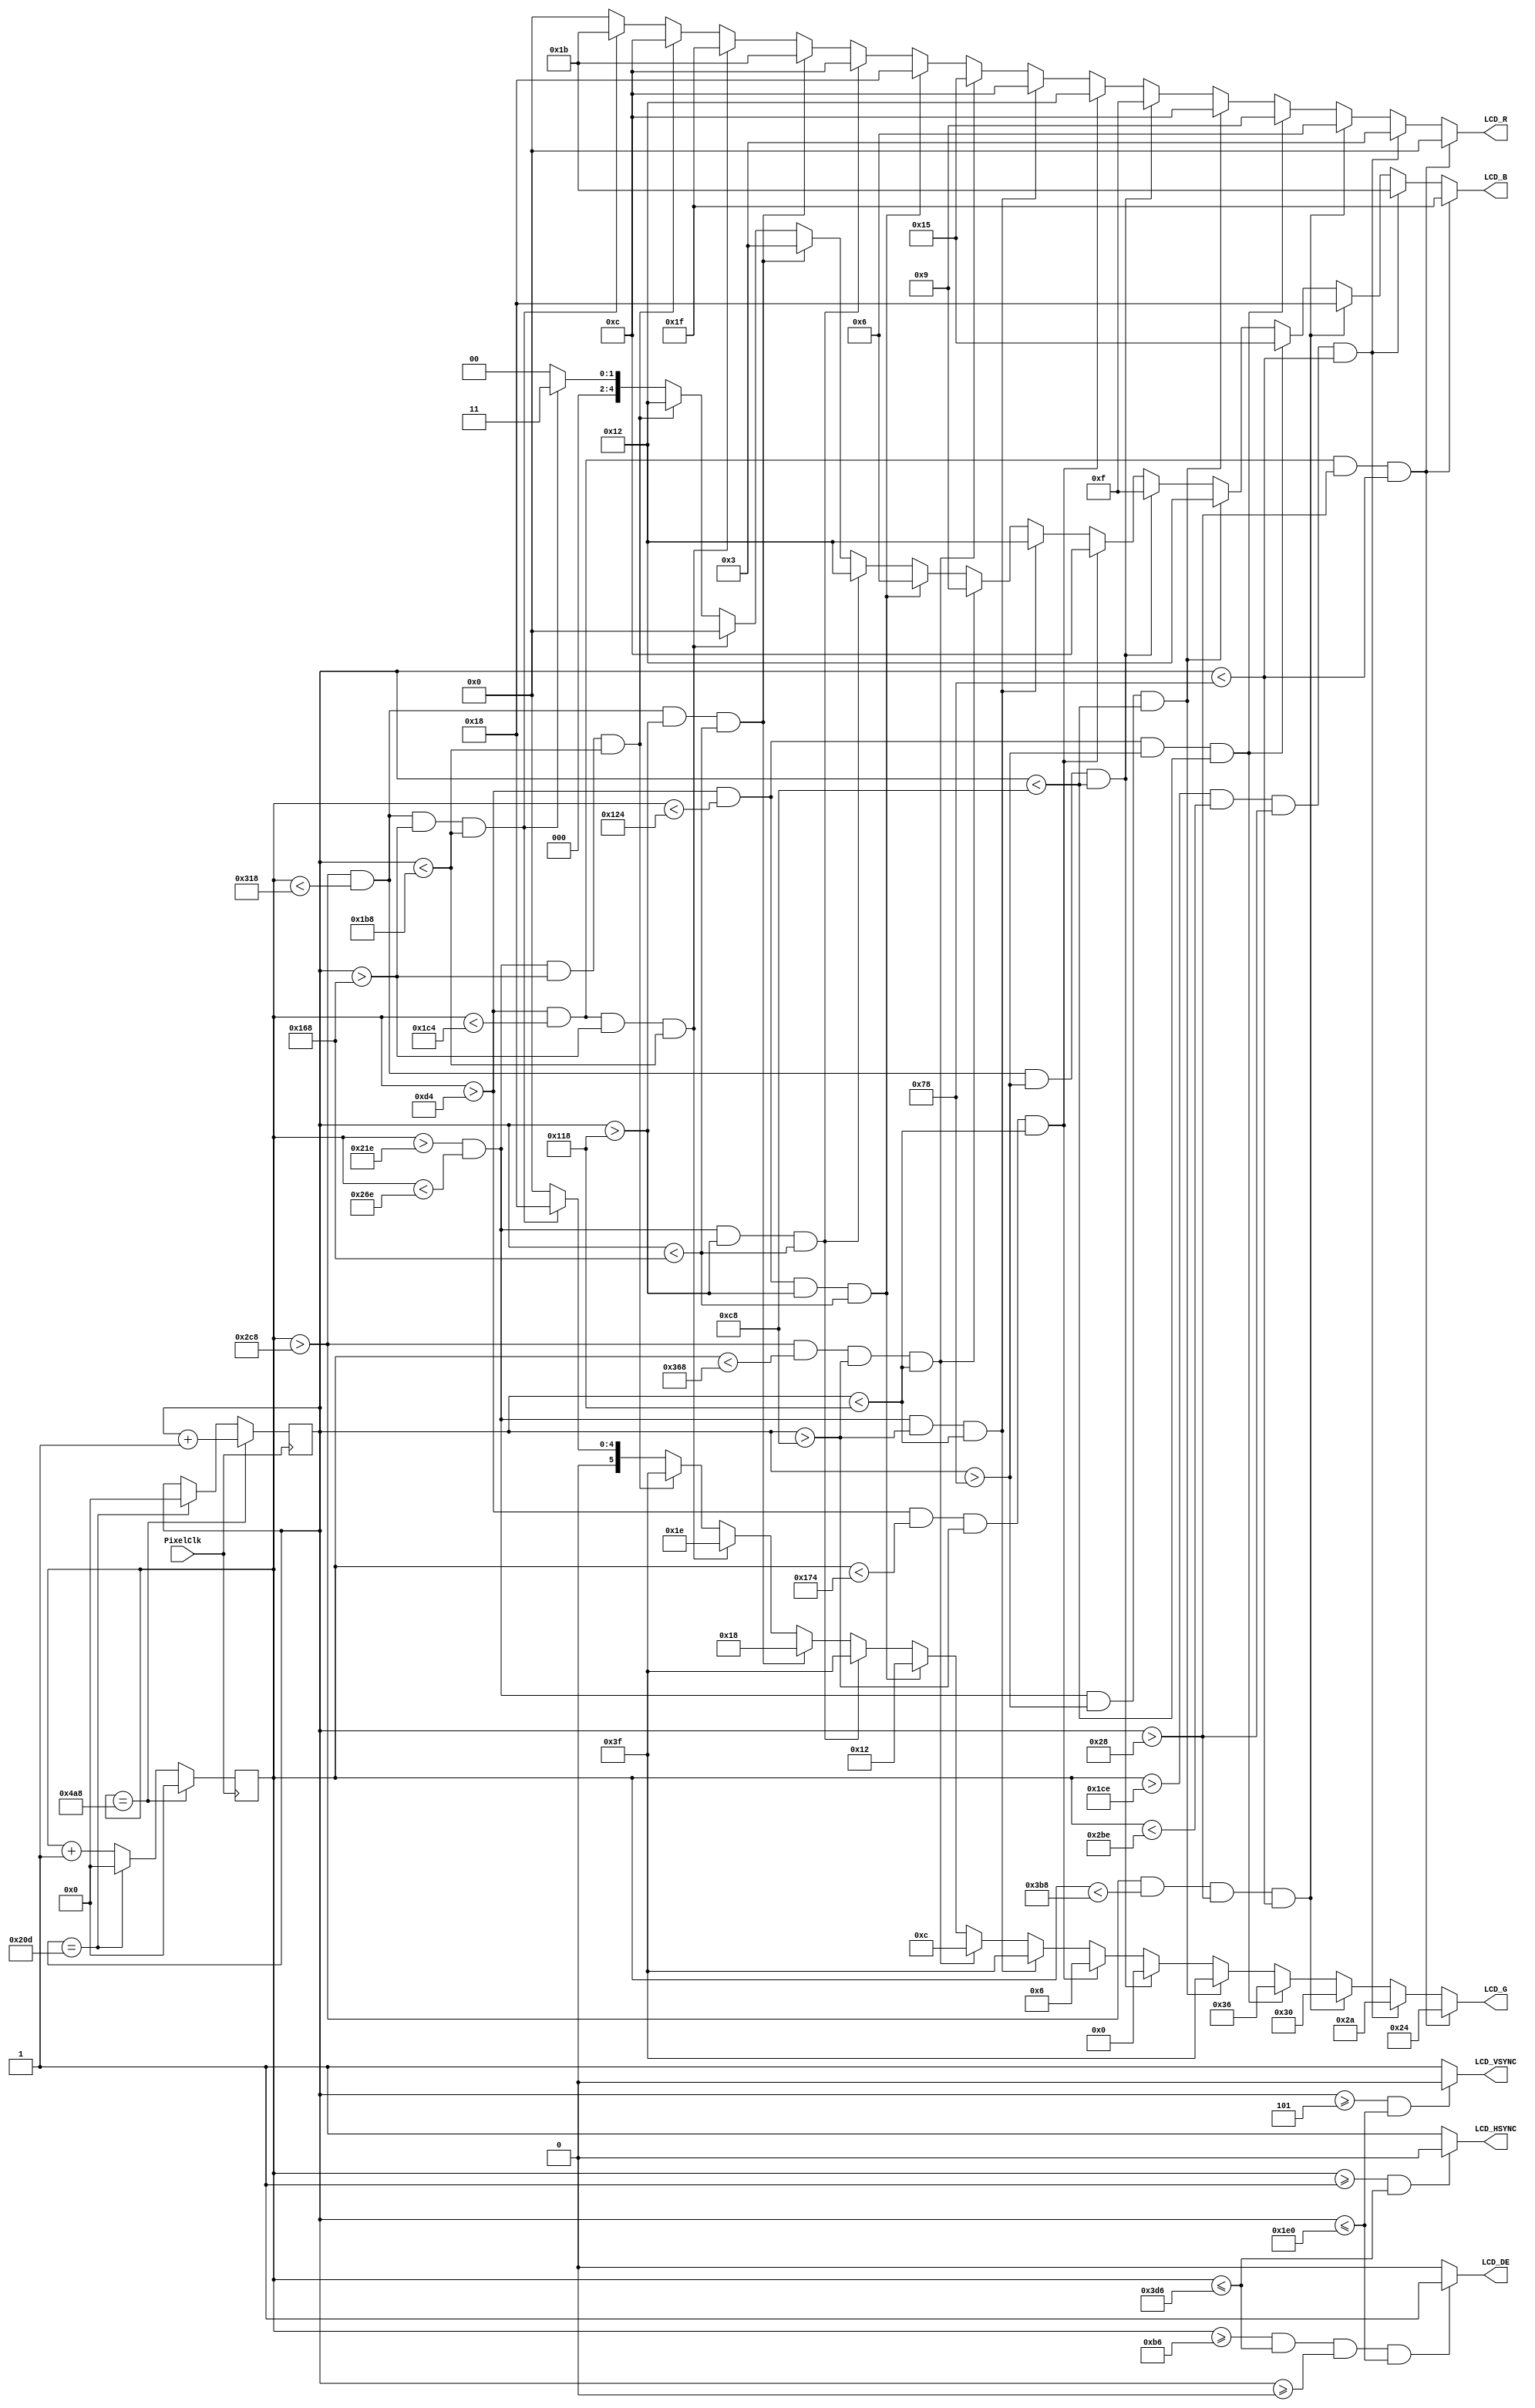
module ETF_11_colors
(
    input                   PixelClk,
    output                  LCD_DE,
    output                  LCD_HSYNC,
    output                  LCD_VSYNC,

	output          [4:0]   LCD_B,
	output          [5:0]   LCD_G,
	output          [4:0]   LCD_R
);

	localparam      V_BackPorch = 16'd0; //6
	localparam      V_Pluse 	= 16'd5; 
	localparam      HightPixel  = 16'd480;
	localparam      V_FrontPorch= 16'd45; //62

	localparam      H_BackPorch = 16'd182;
	localparam      H_Pluse 	= 16'd1; 
	localparam      WidthPixel  = 16'd800; 
	localparam      H_FrontPorch= 16'd210;
    
    localparam      PixelForHS  =   WidthPixel + H_BackPorch + H_FrontPorch;  	
    localparam      LineForVS   =   HightPixel + V_BackPorch + V_FrontPorch; 
    
    reg         [15:0]  PixelCount;
    reg         [15:0]  LineCount;

    always @(posedge PixelClk)begin
        if(  PixelCount  ==  PixelForHS ) begin
            PixelCount      <=  16'b0;
            LineCount       <=  LineCount + 1'b1;
        end
        else if(  LineCount  == LineForVS  ) begin
            LineCount       <=  16'b0;
            PixelCount      <=  16'b0;
        end
        else
            PixelCount      <=  PixelCount + 1'b1;
    end

    assign  LCD_HSYNC   = (( PixelCount >= H_Pluse)&&( PixelCount <= (PixelForHS-H_FrontPorch))) ? 1'b0 : 1'b1;
	assign  LCD_VSYNC   = ((( LineCount  >= V_Pluse )&&( LineCount  <= (LineForVS-V_FrontPorch) )) ) ? 1'b0 : 1'b1;
    assign  LCD_DE      = ( ( PixelCount >= H_BackPorch )&&
                            ( PixelCount <= PixelForHS-H_FrontPorch ) &&
                            ( LineCount >= V_BackPorch ) &&
                            ( LineCount <= LineForVS-V_FrontPorch ))  ? 1'b1 : 1'b0;

    assign  LCD_R   =   PixelCount > H_BackPorch + 30 && PixelCount < H_BackPorch + 270 &&
                        LineCount > 40 && LineCount < 120 ? 5'b00000 : 
                        PixelCount > H_BackPorch + 280 && PixelCount < H_BackPorch + 520 &&
                        LineCount > 40 && LineCount < 120 ? 5'b00011 : 
                        PixelCount > H_BackPorch + 530 && PixelCount < H_BackPorch + 770 &&
                        LineCount > 40 && LineCount < 120 ? 5'b00110 : 

                        PixelCount > H_BackPorch + 30 && PixelCount < H_BackPorch + 110 &&
                        LineCount > 120 && LineCount < 200 ? 5'b01001 :
                        PixelCount > H_BackPorch + 360 && PixelCount < H_BackPorch + 440 &&
                        LineCount > 120 && LineCount < 200 ? 5'b01100 : 
                        PixelCount > H_BackPorch + 530 && PixelCount < H_BackPorch + 610 &&
                        LineCount > 120 && LineCount < 200 ? 5'b01111 : 

                        PixelCount > H_BackPorch + 30 && PixelCount < H_BackPorch + 190 &&
                        LineCount > 200 && LineCount < 280 ? 5'b10010 :
                        PixelCount > H_BackPorch + 360 && PixelCount < H_BackPorch + 440 &&
                        LineCount > 200 && LineCount < 280 ? 5'b01100 : 
                        PixelCount > H_BackPorch + 530 && PixelCount < H_BackPorch + 690 &&
                        LineCount > 200 && LineCount < 280 ? 5'b10101 :

                        PixelCount > H_BackPorch + 30 && PixelCount < H_BackPorch + 110 &&
                        LineCount > 280 && LineCount < 360 ? 5'b11000 :
                        PixelCount > H_BackPorch + 360 && PixelCount < H_BackPorch + 440 &&
                        LineCount > 280 && LineCount < 360 ? 5'b01100 : 
                        PixelCount > H_BackPorch + 530 && PixelCount < H_BackPorch + 610 &&
                        LineCount > 280 && LineCount < 360 ? 5'b11011 :

                        PixelCount > H_BackPorch + 30 && PixelCount < H_BackPorch + 270 &&
                        LineCount > 360 && LineCount < 440 ? 5'b11111 :
                        PixelCount > H_BackPorch + 360 && PixelCount < H_BackPorch + 440 &&
                        LineCount > 360 && LineCount < 440 ? 5'b01100 : 
                        PixelCount > H_BackPorch + 530 && PixelCount < H_BackPorch + 610 &&
                        LineCount > 360 && LineCount < 440 ? 5'b11011 : 5'b00000; 

    assign  LCD_B   =   PixelCount > H_BackPorch + 30 && PixelCount < H_BackPorch + 270 &&
                        LineCount > 40 && LineCount < 120 ? 5'b11111 : 
                        PixelCount > H_BackPorch + 280 && PixelCount < H_BackPorch + 520 &&
                        LineCount > 40 && LineCount < 120 ? 5'b11011 : 
                        PixelCount > H_BackPorch + 530 && PixelCount < H_BackPorch + 770 &&
                        LineCount > 40 && LineCount < 120 ? 5'b11000 : 

                        PixelCount > H_BackPorch + 30 && PixelCount < H_BackPorch + 110 &&
                        LineCount > 120 && LineCount < 200 ? 5'b10101 :
                        PixelCount > H_BackPorch + 360 && PixelCount < H_BackPorch + 440 &&
                        LineCount > 120 && LineCount < 200 ? 5'b10010 : 
                        PixelCount > H_BackPorch + 530 && PixelCount < H_BackPorch + 610 &&
                        LineCount > 120 && LineCount < 200 ? 5'b01111 : 

                        PixelCount > H_BackPorch + 30 && PixelCount < H_BackPorch + 190 &&
                        LineCount > 200 && LineCount < 280 ? 5'b01100 :
                        PixelCount > H_BackPorch + 360 && PixelCount < H_BackPorch + 440 &&
                        LineCount > 200 && LineCount < 280 ? 5'b10010 : 
                        PixelCount > H_BackPorch + 530 && PixelCount < H_BackPorch + 690 &&
                        LineCount > 200 && LineCount < 280 ? 5'b01001 :

                        PixelCount > H_BackPorch + 30 && PixelCount < H_BackPorch + 110 &&
                        LineCount > 280 && LineCount < 360 ? 5'b00110 :
                        PixelCount > H_BackPorch + 360 && PixelCount < H_BackPorch + 440 &&
                        LineCount > 280 && LineCount < 360 ? 5'b10010 : 
                        PixelCount > H_BackPorch + 530 && PixelCount < H_BackPorch + 610 &&
                        LineCount > 280 && LineCount < 360 ? 5'b00011 :

                        PixelCount > H_BackPorch + 30 && PixelCount < H_BackPorch + 270 &&
                        LineCount > 360 && LineCount < 440 ? 5'b00000 :
                        PixelCount > H_BackPorch + 360 && PixelCount < H_BackPorch + 440 &&
                        LineCount > 360 && LineCount < 440 ? 5'b10010 : 
                        PixelCount > H_BackPorch + 530 && PixelCount < H_BackPorch + 610 &&
                        LineCount > 360 && LineCount < 440 ? 5'b00011 : 5'b00000; 
    
    assign  LCD_G   =   PixelCount > H_BackPorch + 30 && PixelCount < H_BackPorch + 270 &&
                        LineCount > 40 && LineCount < 120 ? 6'b100100 : 
                        PixelCount > H_BackPorch + 280 && PixelCount < H_BackPorch + 520 &&
                        LineCount > 40 && LineCount < 120 ? 6'b101010 : 
                        PixelCount > H_BackPorch + 530 && PixelCount < H_BackPorch + 770 &&
                        LineCount > 40 && LineCount < 120 ? 6'b110000 : 

                        PixelCount > H_BackPorch + 30 && PixelCount < H_BackPorch + 110 &&
                        LineCount > 120 && LineCount < 200 ? 6'b110110 :
                        PixelCount > H_BackPorch + 360 && PixelCount < H_BackPorch + 440 &&
                        LineCount > 120 && LineCount < 200 ? 6'b111111 : 
                        PixelCount > H_BackPorch + 530 && PixelCount < H_BackPorch + 610 &&
                        LineCount > 120 && LineCount < 200 ? 6'b000000 : 

                        PixelCount > H_BackPorch + 30 && PixelCount < H_BackPorch + 190 &&
                        LineCount > 200 && LineCount < 280 ? 6'b000110 :
                        PixelCount > H_BackPorch + 360 && PixelCount < H_BackPorch + 440 &&
                        LineCount > 200 && LineCount < 280 ? 6'b111111 : 
                        PixelCount > H_BackPorch + 530 && PixelCount < H_BackPorch + 690 &&
                        LineCount > 200 && LineCount < 280 ? 6'b001100 :

                        PixelCount > H_BackPorch + 30 && PixelCount < H_BackPorch + 110 &&
                        LineCount > 280 && LineCount < 360 ? 6'b010010 :
                        PixelCount > H_BackPorch + 360 && PixelCount < H_BackPorch + 440 &&
                        LineCount > 280 && LineCount < 360 ? 6'b111111 : 
                        PixelCount > H_BackPorch + 530 && PixelCount < H_BackPorch + 610 &&
                        LineCount > 280 && LineCount < 360 ? 6'b011000 :

                        PixelCount > H_BackPorch + 30 && PixelCount < H_BackPorch + 270 &&
                        LineCount > 360 && LineCount < 440 ? 6'b011110 :
                        PixelCount > H_BackPorch + 360 && PixelCount < H_BackPorch + 440 &&
                        LineCount > 360 && LineCount < 440 ? 6'b111111 : 
                        PixelCount > H_BackPorch + 530 && PixelCount < H_BackPorch + 610 &&
                        LineCount > 360 && LineCount < 440 ? 6'b011000 : 6'b000000;

endmodule